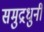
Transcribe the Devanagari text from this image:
समुद्रधुनी